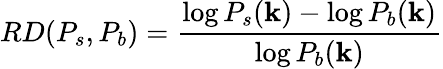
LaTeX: RD(P_{s},P_{b})=\frac{\log{P_{s}(\mathbf{k})}-\log{P_{b}(\mathbf{k})}}{\log{P_{b}(\mathbf{k})}}